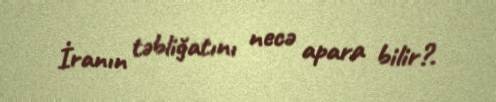
İranın təbliğatını necə apara bilir?.